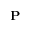
{ \bf P }